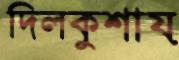
দিলকুশায়